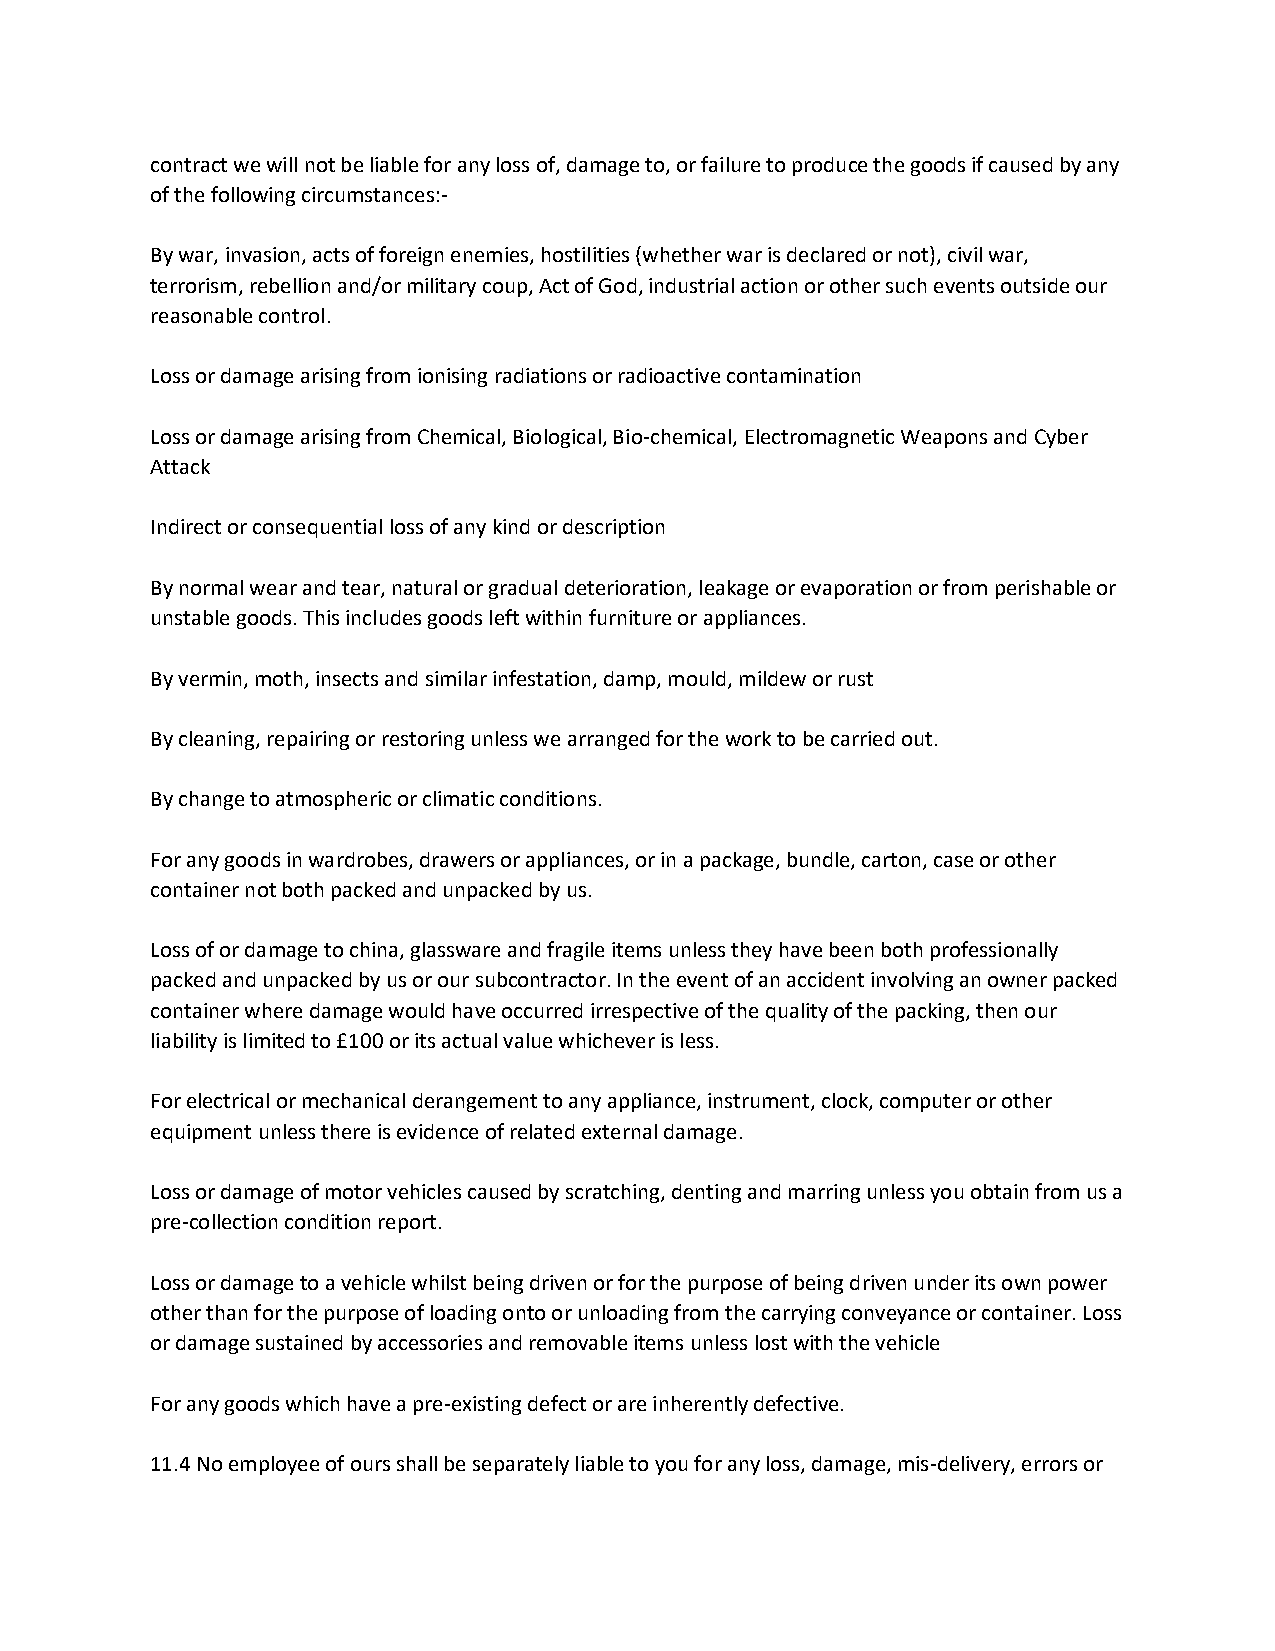
contract we will not be liable for any loss of, damage to, or failure to produce the goods if caused by any
 of the following circumstances:-
 By war, invasion, acts of foreign enemies, hostilities (whether war is declared or not), civil war,
 terrorism, rebellion and/or military coup, Act of God, industrial action or other such events outside our
 reasonable control.
 Loss or damage arising from ionising radiations or radioactive contamination
 Loss or damage arising from Chemical, Biological, Bio-chemical, Electromagnetic Weapons and Cyber
 Attack
 Indirect or consequential loss of any kind or description
 By normal wear and tear, natural or gradual deterioration, leakage or evaporation or from perishable or
 unstable goods. This includes goods left within furniture or appliances.
 By vermin, moth, insects and similar infestation, damp, mould, mildew or rust
 By cleaning, repairing or restoring unless we arranged for the work to be carried out.
 By change to atmospheric or climatic conditions.
 For any goods in wardrobes, drawers or appliances, or in a package, bundle, carton, case or other
 container not both packed and unpacked by us.
 Loss of or damage to china, glassware and fragile items unless they have been both professionally
 packed and unpacked by us or our subcontractor. In the event of an accident involving an owner packed
 container where damage would have occurred irrespective of the quality of the packing, then our
 liability is limited to £100 or its actual value whichever is less.
 For electrical or mechanical derangement to any appliance, instrument, clock, computer or other
 equipment unless there is evidence of related external damage.
 Loss or damage of motor vehicles caused by scratching, denting and marring unless you obtain from us a
 pre-collection condition report.
 Loss or damage to a vehicle whilst being driven or for the purpose of being driven under its own power
 other than for the purpose of loading onto or unloading from the carrying conveyance or container. Loss
 or damage sustained by accessories and removable items unless lost with the vehicle
 For any goods which have a pre-existing defect or are inherently defective.
 11.4 No employee of ours shall be separately liable to you for any loss, damage, mis-delivery, errors or